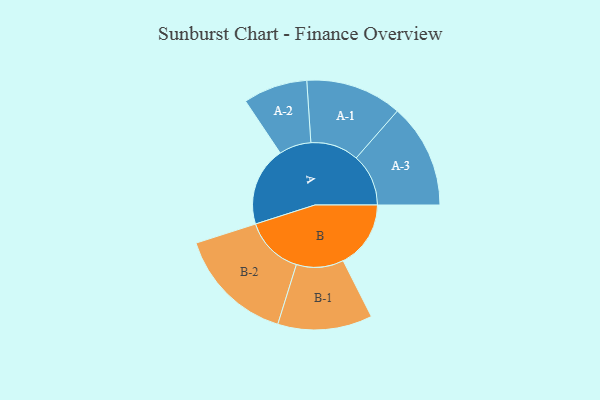
{"axis": {"x": "Segment", "y": "Value"}, "legend": ["", "A", "B"], "data": [{"x": "A", "y": 350, "type": ""}, {"x": "B", "y": 299, "type": ""}, {"x": "A-1", "y": 213, "type": "A"}, {"x": "A-2", "y": 142, "type": "A"}, {"x": "A-3", "y": 231, "type": "A"}, {"x": "B-1", "y": 209, "type": "B"}, {"x": "B-2", "y": 260, "type": "B"}]}